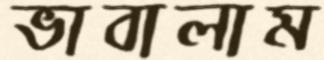
ভাবালাম